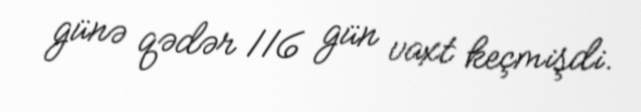
günə qədər 116 gün vaxt keçmişdi.